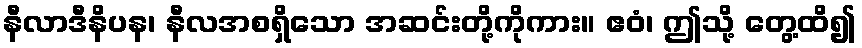
နီလာဒီနိပန၊ နီလအစရှိသော အဆင်းတို့ကိုကား။ ဧဝံ၊ ဤသို့ တွေ့ထိ၍